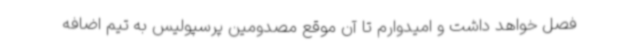
فصل خواهد داشت و امیدوارم تا آن موقع مصدومین پرسپولیس به تیم اضافه